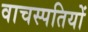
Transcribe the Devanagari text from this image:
वाचस्पतियों